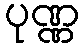
ပုဏ္ဏ